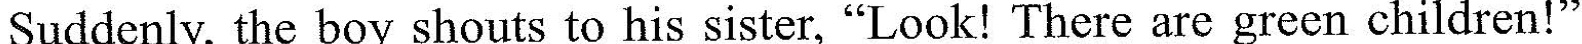
Suddenly, the boy shouts to his sister,"Look! There are grecn children!"